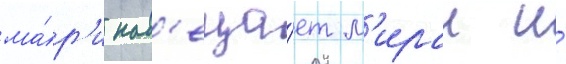
ма́р'и нав'еща́ет м'ираи и́